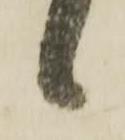
候